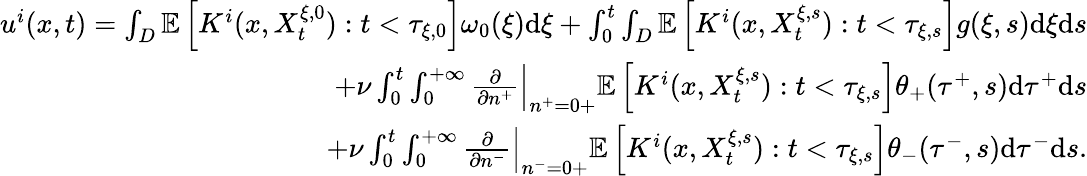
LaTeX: \begin{array}{r}{u^{i}(x,t)=\int_{D}\mathbb{E}\left[K^{i}(x,X_{t}^{\xi,0}):t<\tau_{\xi,0}\right]\omega_{0}(\xi)\textrm{d}\xi+\int_{0}^{t}\int_{D}\mathbb{E}\left[K^{i}(x,X_{t}^{\xi,s}):t<\tau_{\xi,s}\right]g(\xi,s)\textrm{d}\xi\textrm{d}s}\\ {+\nu\int_{0}^{t}\int_{0}^{+\infty}\frac{\partial}{\partial n^{+}}\Big|_{n^{+}=0+}\mathbb{E}\left[K^{i}(x,X_{t}^{\xi,s}):t<\tau_{\xi,s}\right]\theta_{+}(\tau^{+},s)\textrm{d}\tau^{+}\textrm{d}s}\\ {+\nu\int_{0}^{t}\int_{0}^{+\infty}\frac{\partial}{\partial n^{-}}\Big|_{n^{-}=0+}\mathbb{E}\left[K^{i}(x,X_{t}^{\xi,s}):t<\tau_{\xi,s}\right]\theta_{-}(\tau^{-},s)\textrm{d}\tau^{-}\textrm{d}s.}\end{array}